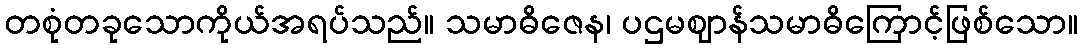
တစုံတခုသောကိုယ်အရပ်သည်။ သမာဓိဇေန၊ ပဌမဈာန်သမာဓိကြောင့်ဖြစ်သော။